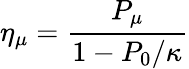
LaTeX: \eta_{\mu}=\frac{P_{\mu}}{1-P_{0}/\kappa}